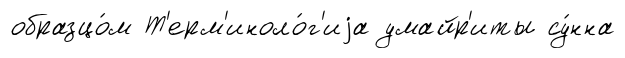
образцо́м Т'ерм'иноло́г'иjа умайр'иты су́нна